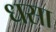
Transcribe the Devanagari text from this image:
धसा